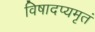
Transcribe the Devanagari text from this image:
विषादप्यमृतं